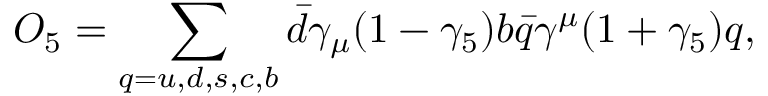
O _ { 5 } = \sum _ { q = u , d , s , c , b } \bar { d } \gamma _ { \mu } ( 1 - \gamma _ { 5 } ) b \bar { q } \gamma ^ { \mu } ( 1 + \gamma _ { 5 } ) q ,